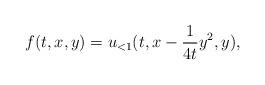
LaTeX: \begin{align*}f(t,x,y) = u_{<1}(t,x - \frac{1}{4t}y^2,y),\end{align*}